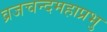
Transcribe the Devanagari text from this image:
व्रजचन्दमहाप्रभु